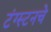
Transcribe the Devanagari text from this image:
टंग्स्टनचे